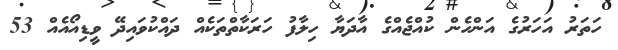
ހަތަރު އަހަރުގެ އަންހެން ކުއްޖެއްގެ އާދަޔާ ހިލާފު ހަރަކާތްތަކެއް ދައްކުވައިދޭ ވީޑިއޯއެއް 53